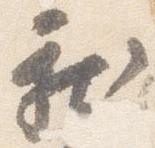
新